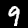
Label: 9